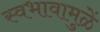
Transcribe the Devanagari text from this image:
स्वभावामुळें